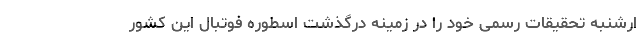
ارشنبه تحقیقات رسمی خود را در زمینه درگذشت اسطوره فوتبال این کشور